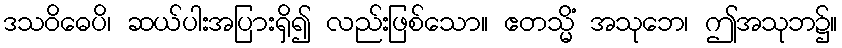
ဒသဝိဓေပိ၊ ဆယ်ပါးအပြားရှိ၍ လည်းဖြစ်သော။ ဧတသ္မိံ အသုဘေ၊ ဤအသုဘ၌။